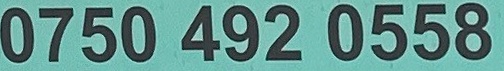
0750 492 0558